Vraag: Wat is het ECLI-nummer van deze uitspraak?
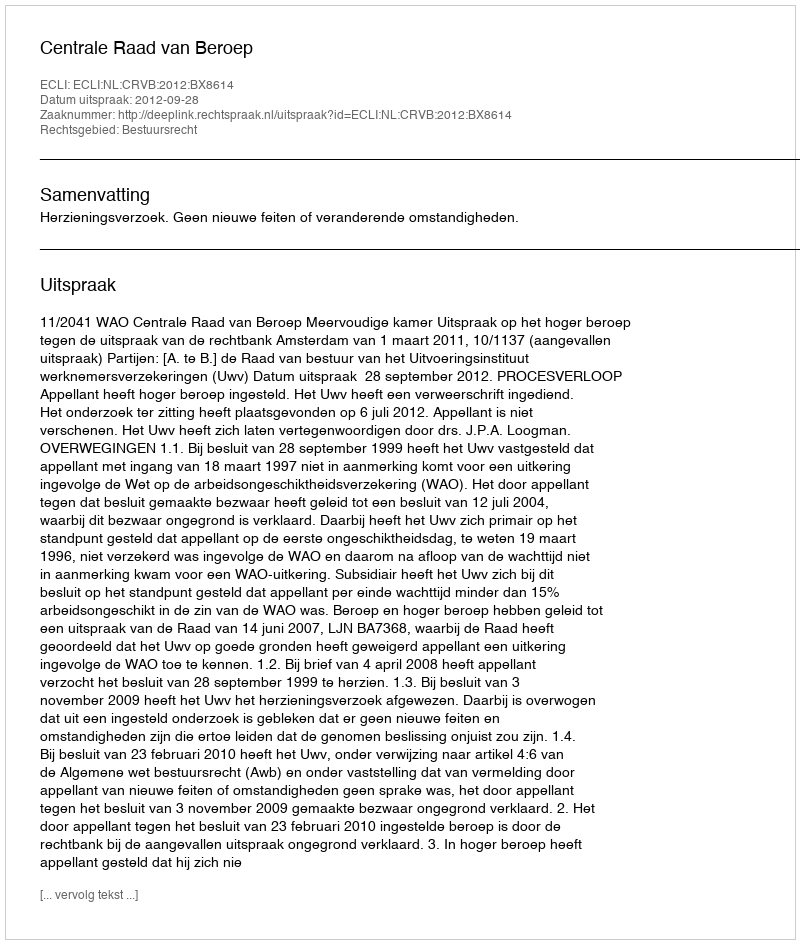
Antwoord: ECLI:NL:CRVB:2012:BX8614